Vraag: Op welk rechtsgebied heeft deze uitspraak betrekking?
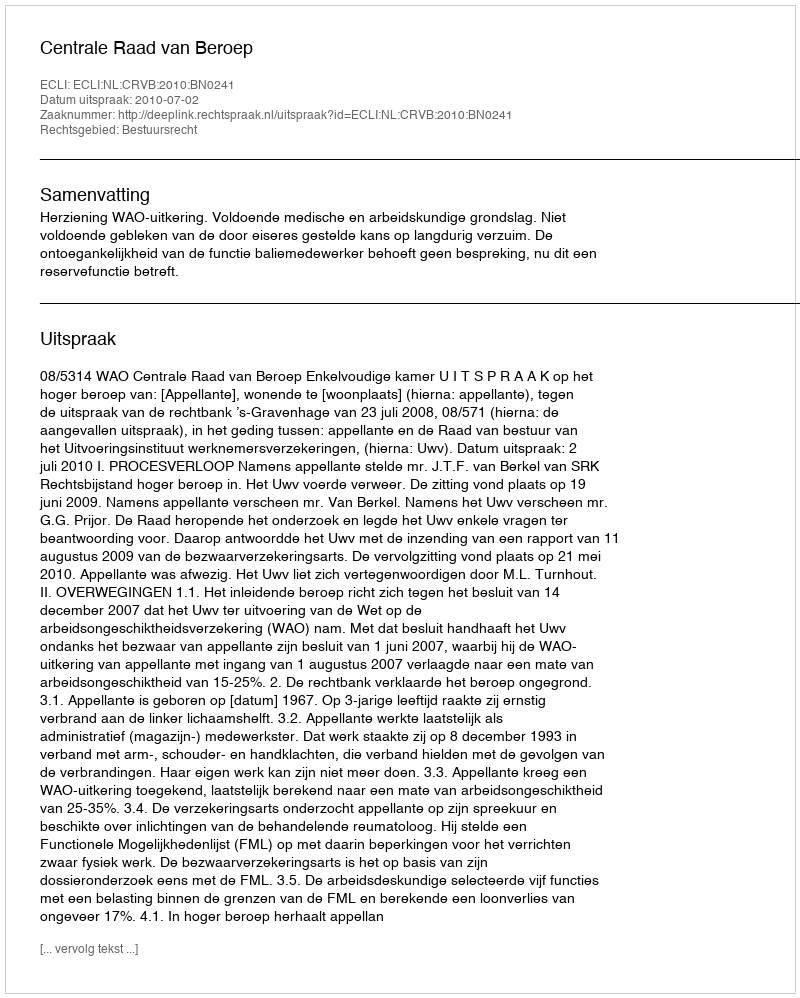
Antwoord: Bestuursrecht